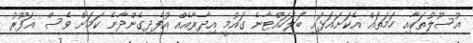
އުސޫލުތަކާއި ހަމަތައް އެކަށައަޅައި ބަލަހައްޓާނެ ގައުމީ އިދާރާއެއް އުފެދިގެންދާނެ ކަމަށް ވެސް ޣަފޫރު